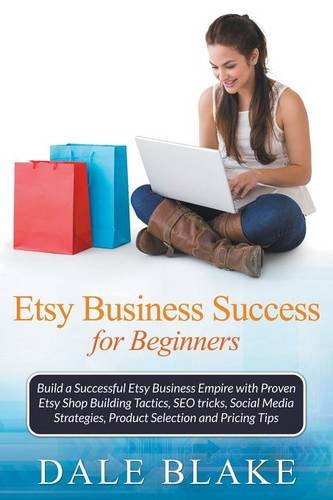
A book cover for Etsy Business Success For Beginners: Build a Successful Etsy Business Empire with Proven Etsy Shop Building Tactics, SEO tricks, Social Media Strategies, Product Selection and Pricing Tips; Dale Blake; Computers & Technology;